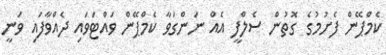
ކެމްޕޭން ފެށުމުގެ ގޮތުން ސެލްފީ އެއް ނަންގަވާ ކެމްޕޭން ވައްޓަވައި ދެއްވާފައި ވަނީ